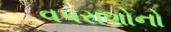
વપરાશોનો